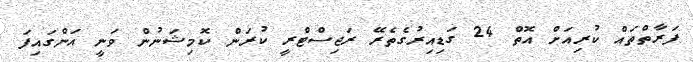
ފަރާތްތައް ކުރިއަށް އޮތް 24 ގަޑިއިރުގެތެރޭ ރަޖިސްޓްރީ ކުރަން ކޮމިޝަނުން ވަނީ އަންގައިފަ